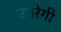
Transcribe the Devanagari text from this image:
उतरेगी